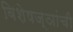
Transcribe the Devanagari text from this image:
विशेषज्ञांची